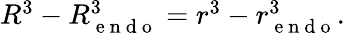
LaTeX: \begin{array}{r}{R^{3}-R_{\mathrm{~e~n~d~o~}}^{3}=r^{3}-r_{\mathrm{~e~n~d~o~}}^{3}.}\end{array}